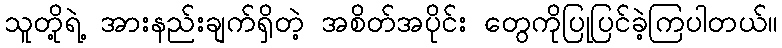
သူတို့ရဲ့ အားနည်းချက်ရှိတဲ့ အစိတ်အပိုင်း တွေကိုပြုပြင်ခဲ့ကြပါတယ်။